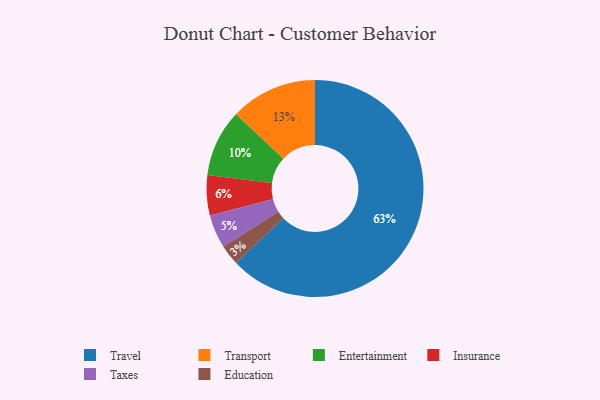
{"axis": {"x": "Category", "y": "Percentage"}, "legend": ["Education", "Entertainment", "Insurance", "Taxes", "Transport", "Travel"], "data": [{"x": "Transport", "y": 13, "type": "Transport"}, {"x": "Travel", "y": 63, "type": "Travel"}, {"x": "Entertainment", "y": 10, "type": "Entertainment"}, {"x": "Taxes", "y": 5, "type": "Taxes"}, {"x": "Insurance", "y": 6, "type": "Insurance"}, {"x": "Education", "y": 3, "type": "Education"}]}